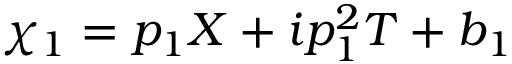
\chi _ { 1 } = p _ { 1 } X + i p _ { 1 } ^ { 2 } T + b _ { 1 }